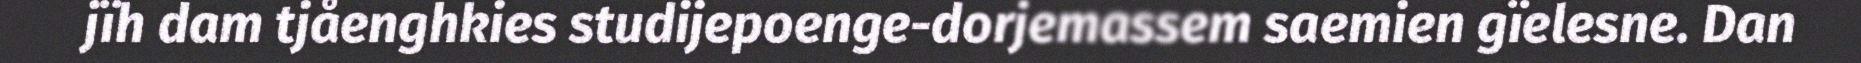
jïh dam tjåenghkies studijepoenge-dorjemassem saemien gïelesne. Dan